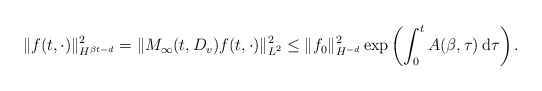
\begin{align*}\|f(t,\cdot)\|_{H^{\beta t-d}}^2 = \|M_\infty(t,D_v)f(t,\cdot)\|_{L^2}^2\le\|f_0\|_{H^{-d}}^2 \exp\left( \int_0^t A(\beta,\tau)\, \mathrm{d}\tau \right) .\end{align*}